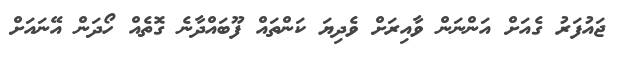
ޖައުފަރު ގެއަށް އަންނަން ވާއިރަށް ވެދިޔަ ކަންތައް ފޫބައްދާނެ ގޮތެއް ހޯދަން އޭނައަށް